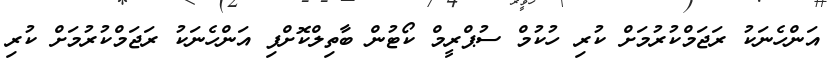
އަންހެނަކު ރަޖަމްކުރުމަށް ކުރި ހުކުމް ސުޕްރީމް ކޯޓުން ބާތިލްކޮށްފި އަންހެނަކު ރަޖަމްކުރުމަށް ކުރި